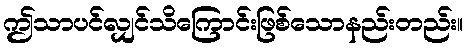
ဤသာပင်လျှင်သိကြောင်းဖြစ်သောနည်းတည်း။